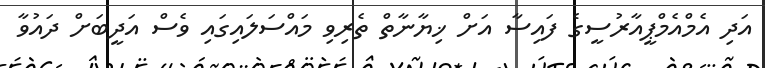
އަދި އެމްއެމްޕީއާރުސީގެ ފައިސާ އަށް ޚިޔާނާތް ތެރިވި މައްސަލަައިގައި ވެސް އަދީބަށް ދައުވާ